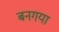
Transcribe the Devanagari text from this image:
बनगया